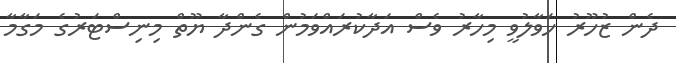
ދެން ޒުހޫރު ހަވާލުވީ މިހާރު ވެސް އަދާކުރައްވަމުން ގެންދާ ޔޫތް މިނިސްޓަރުގެ މަގާމާ